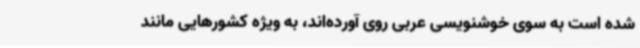
شده‌ است به سوی خوشنویسی عربی روی آورده‌اند، به ویژه کشورهایی مانند